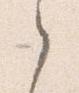
之